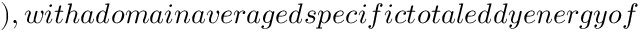
) , w i t h a d o m a i n a v e r a g e d s p e c i f i c t o t a l e d d y e n e r g y o f